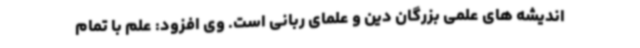
اندیشه های علمی بزرگان دین و علمای ربانی است. وی افزود: علم با تمام